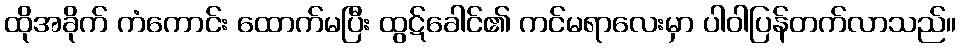
ထိုအခိုက် ကံကောင်း ထောက်မပြီး ထွဋ်ခေါင်၏ ကင်မရာလေးမှာ ပါဝါပြန်တက်လာသည်။